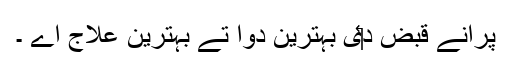
پرانے قبض د‏‏ی بہترین دوا تے بہترین علاج اے ۔